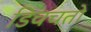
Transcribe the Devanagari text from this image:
डिवचतो